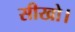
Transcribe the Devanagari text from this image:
सीखो।